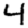
Digit: 4